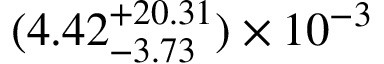
( 4 . 4 2 _ { - 3 . 7 3 } ^ { + 2 0 . 3 1 } ) \times 1 0 ^ { - 3 }